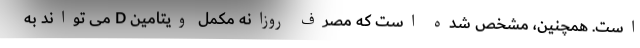
است. همچنین، مشخص شده است که مصرف روزانه مکمل ویتامین D می تواند به